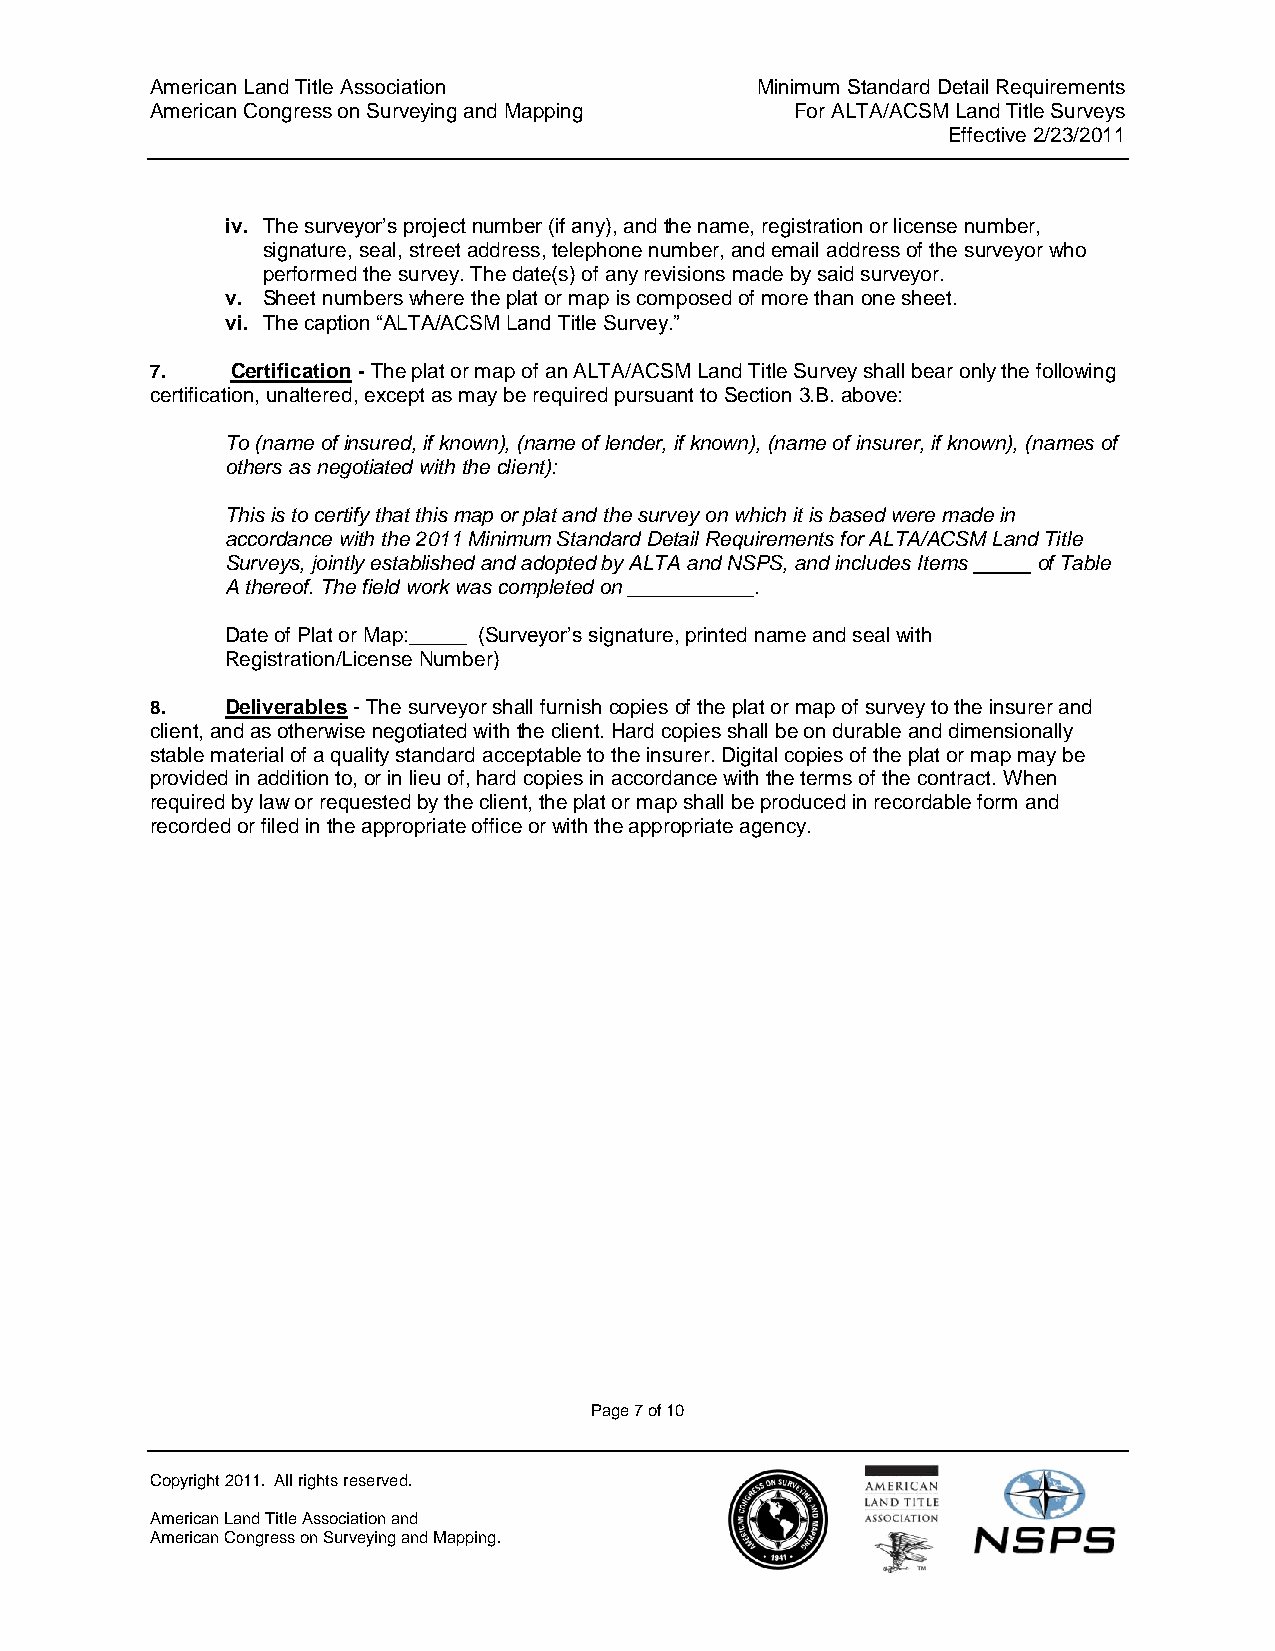
American Land Title Association         Minimum Standard Detail Requirements
 American Congress on Surveying and Mapping For ALTA/ACSM Land Title Surveys
 Effective 2/23/2011
 iv. The surveyor‟s project number (if any), and the name, registration or license number,
 signature, seal, street address, telephone number, and email address of the surveyor who
 performed the survey. The date(s) of any revisions made by said surveyor.
 v. Sheet numbers where the plat or map is composed of more than one sheet.
 vi. The caption “ALTA/ACSM Land Title Survey.”
 7.   Certification - The plat or map of an ALTA/ACSM Land Title Survey shall bear only the following
 certification, unaltered, except as may be required pursuant to Section 3.B. above:
 To (name of insured, if known), (name of lender, if known), (name of insurer, if known), (names of
 others as negotiated with the client):
 This is to certify that this map or plat and the survey on which it is based were made in
 accordance with the 2011 Minimum Standard Detail Requirements for ALTA/ACSM Land Title
 Surveys, jointly established and adopted by ALTA and NSPS, and includes Items of Table
 A thereof. The field work was completed on ___________.
 Date of Plat or Map:_____ (Surveyor‟s signature, printed name and seal with
 Registration/License Number)
 8.   Deliverables - The surveyor shall furnish copies of the plat or map of survey to the insurer and
 client, and as otherwise negotiated with the client. Hard copies shall be on durable and dimensionally
 stable material of a quality standard acceptable to the insurer. Digital copies of the plat or map may be
 provided in addition to, or in lieu of, hard copies in accordance with the terms of the contract. When
 required by law or requested by the client, the plat or map shall be produced in recordable form and
 recorded or filed in the appropriate office or with the appropriate agency.
 Page 7 of 10
 Copyright 2011. All rights reserved.
 American Land Title Association and
 American Congress on Surveying and Mapping.